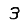
Digit: 3